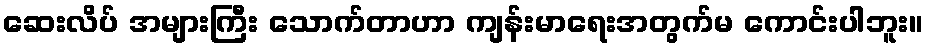
ဆေးလိပ် အများကြီး သောက်တာဟာ ကျန်းမာရေးအတွက်မ ကောင်းပါဘူး။